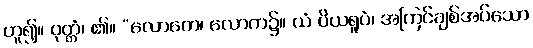
ဟူ၍။ ဝုတ္တံ၊ ၏။ “လောကေ၊ လောက၌။ ယံ ပိယရူပံ၊ အကြင်ချစ်အပ်သော